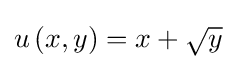
u\left(x,y\right)=x+{\sqrt {y}}